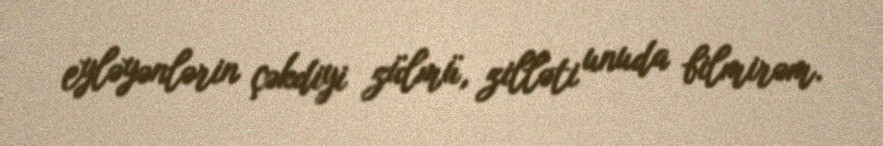
eyləyənlərin çəkdiyi zülmü, zilləti unuda bilmirəm.